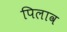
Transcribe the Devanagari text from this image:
पिलाव